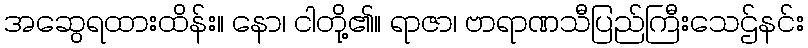
အဆွေရထားထိန်း။ နော၊ ငါတို့၏။ ရာဇာ၊ ဗာရာဏသီပြည်ကြီးသေဌ်နင်း